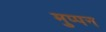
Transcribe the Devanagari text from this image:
मुप्पन